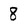
Character: 8